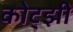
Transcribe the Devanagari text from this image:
कोट्झी